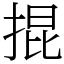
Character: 掍